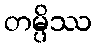
တမ္ပိဿ